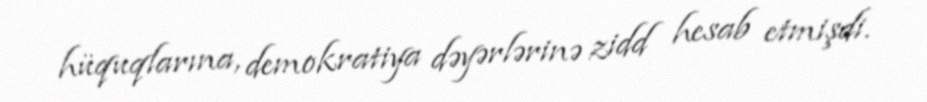
hüquqlarına, demokratiya dəyərlərinə zidd hesab etmişdi.